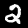
Label: 2